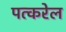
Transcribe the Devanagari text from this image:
पत्करेल